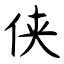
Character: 侠